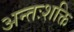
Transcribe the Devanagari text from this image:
अन्तःशक्ति